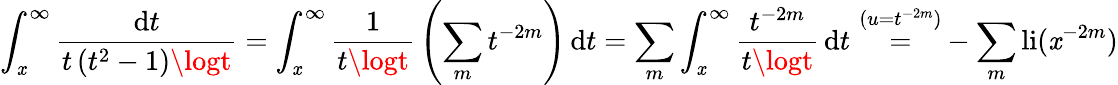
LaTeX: \int_{\mathit{x}}^{\infty}{\frac{{\mathrm{{d}}t}}{{t\left(t^{2}-1\right)\logt}}}=\int_{\mathit{x}}^{\infty}{\frac{{1}}{{t\logt}}}\left(\sum_{m}t^{-2m}\right)\, \mathrm{{d}}t=\sum_{m}\int_{\mathit{x}}^{\infty}{\frac{{t^{-2m}}}{{t\logt}}}\, \mathrm{{d}}t\, \, {\overset{(u=t^{-2m})}{=}}-\sum_{m}\operatorname{li}(\mathit{x}^{-2m})